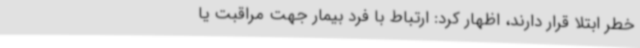
خطر ابتلا قرار دارند، اظهار کرد: ارتباط با فرد بیمار جهت مراقبت یا